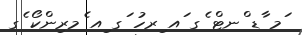
ަމ ާޑ ްނޓް ެގ ައ ިރހު ަގ ިއ ެމރިންކޯ ެގ